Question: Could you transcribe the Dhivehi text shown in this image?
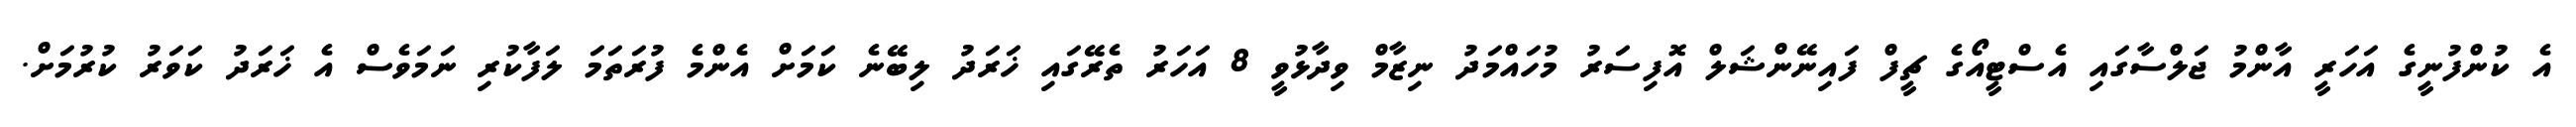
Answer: އެ ކުންފުނީގެ އަހަރީ އާންމު ޖަލްސާގައި އެސްޓީއޯގެ ޗީފް ފައިނޭންޝަލް އޮފިސަރު މުހައްމަދު ނިޒާމް ވިދާޅުވީ 8 އަހަރު ތެރޭގައި ޚަރަދު ލިބޭނެ ކަމަށް އެންމެ ފުރަތަމަ ލަފާކުރި ނަމަވެސް އެ ޚަރަދު ކަވަރު ކުރުމަށް.